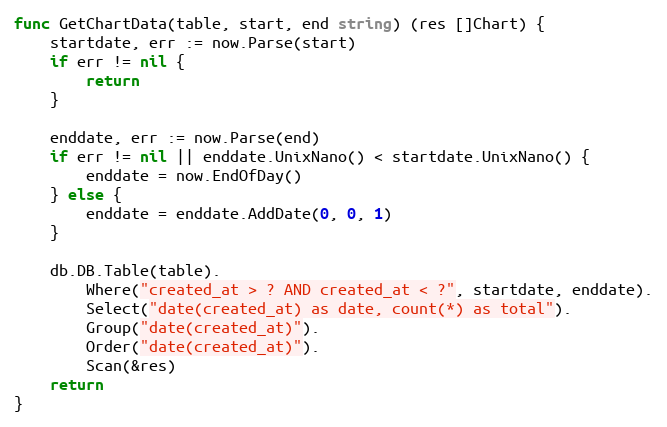
Language: Go
func GetChartData(table, start, end string) (res []Chart) {
	startdate, err := now.Parse(start)
	if err != nil {
		return
	}

	enddate, err := now.Parse(end)
	if err != nil || enddate.UnixNano() < startdate.UnixNano() {
		enddate = now.EndOfDay()
	} else {
		enddate = enddate.AddDate(0, 0, 1)
	}

	db.DB.Table(table).
		Where("created_at > ? AND created_at < ?", startdate, enddate).
		Select("date(created_at) as date, count(*) as total").
		Group("date(created_at)").
		Order("date(created_at)").
		Scan(&res)
	return
}